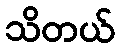
သိတယ်